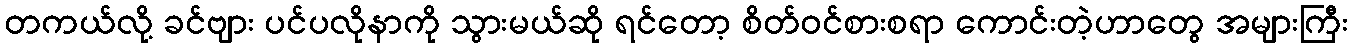
တကယ်လို့ ခင်ဗျား ပင်ပလိုနာကို သွားမယ်ဆို ရင်တော့ စိတ်ဝင်စားစရာ ကောင်းတဲ့ဟာတွေ အများကြီး